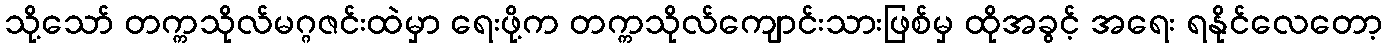
သို့သော် တက္ကသိုလ်မဂ္ဂဇင်းထဲမှာ ရေးဖို့က တက္ကသိုလ်ကျောင်းသားဖြစ်မှ ထိုအခွင့် အရေး ရနိုင်လေတော့